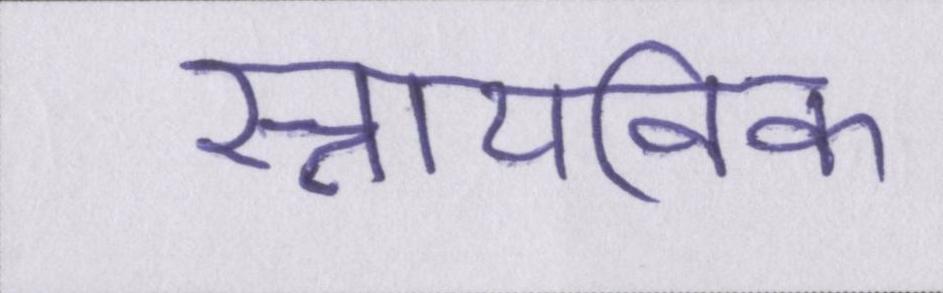
स्नायविक